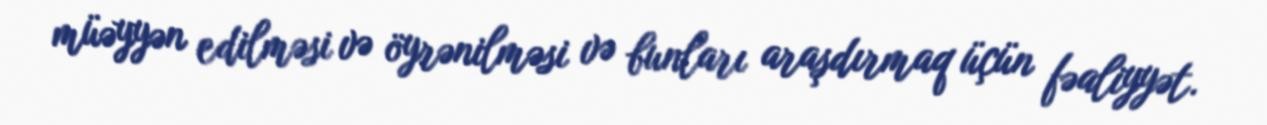
müəyyən edilməsi və öyrənilməsi və bunları araşdırmaq üçün fəaliyyət.